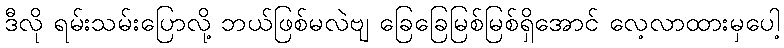
ဒီလို ရမ်းသမ်းပြောလို့ ဘယ်ဖြစ်မလဲဗျ ခြေခြေမြစ်မြစ်ရှိအောင် လေ့လာထားမှပေါ့